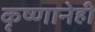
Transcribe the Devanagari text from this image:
कृष्णानेही